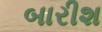
બારીશ